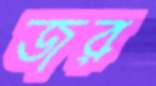
জর